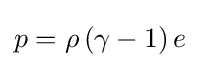
p=\rho \left(\gamma -1\right)e